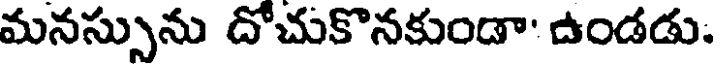
మనస్సును దోచుకొనకుండా' ఉండడు.